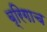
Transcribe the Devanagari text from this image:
ब्रिगाच